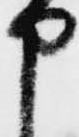
申